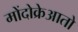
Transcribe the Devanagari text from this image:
मोंदोक्रेआतो